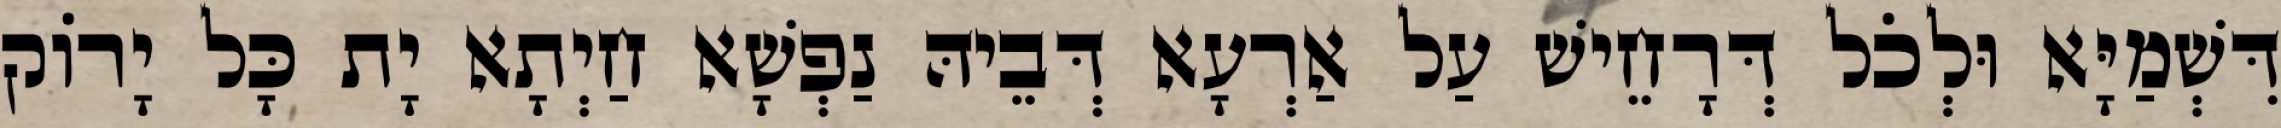
דִּשְׁמַיָּא וּלְכֹל דְּרָחֵישׁ עַל אַרְעָא דְּבֵיהּ נַפְשָׁא חַיְתָא יָת כָּל יָרוֹק